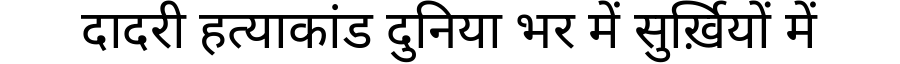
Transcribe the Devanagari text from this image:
दादरी हत्याकांड दुनिया भर में सुर्ख़ियों में